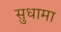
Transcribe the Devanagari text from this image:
सुधामा